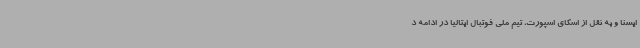
ایسنا و به نقل از اسکای اسپورت، تیم ملی فوتبال ایتالیا در ادامه د